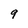
Character: 9